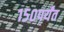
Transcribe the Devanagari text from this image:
१५०पर्यंत